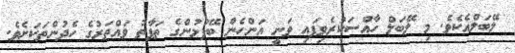
ލޭބަލްއެކެވެ. މި ލޭބަލް ހާއްސަކުރެވިފައި ވަނީ އަންހެން ބޭފުޅުންގެ ތަފާތު ވައްތަރުގެ ހެދުންތަކަށެވެ.